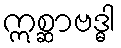
ဣစ္ဆာဗဒ္ဓါ